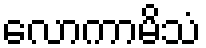
လောကာမိသံ